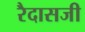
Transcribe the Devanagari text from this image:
रैदासजी